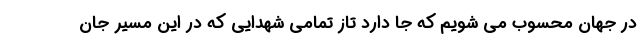
در جهان محسوب می شویم که جا دارد تاز تمامی شهدایی که در این مسیر جان